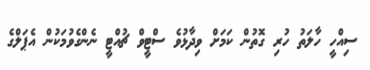
ސިއްހީ ހާލަތު ހުރި ގޮތުން ކަމަށް ވިދާޅުވެ ސްޓީވް ޗުއްޓީ ނެންގެވުމަކުން އެޕަލްގެ